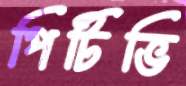
পিটিভি